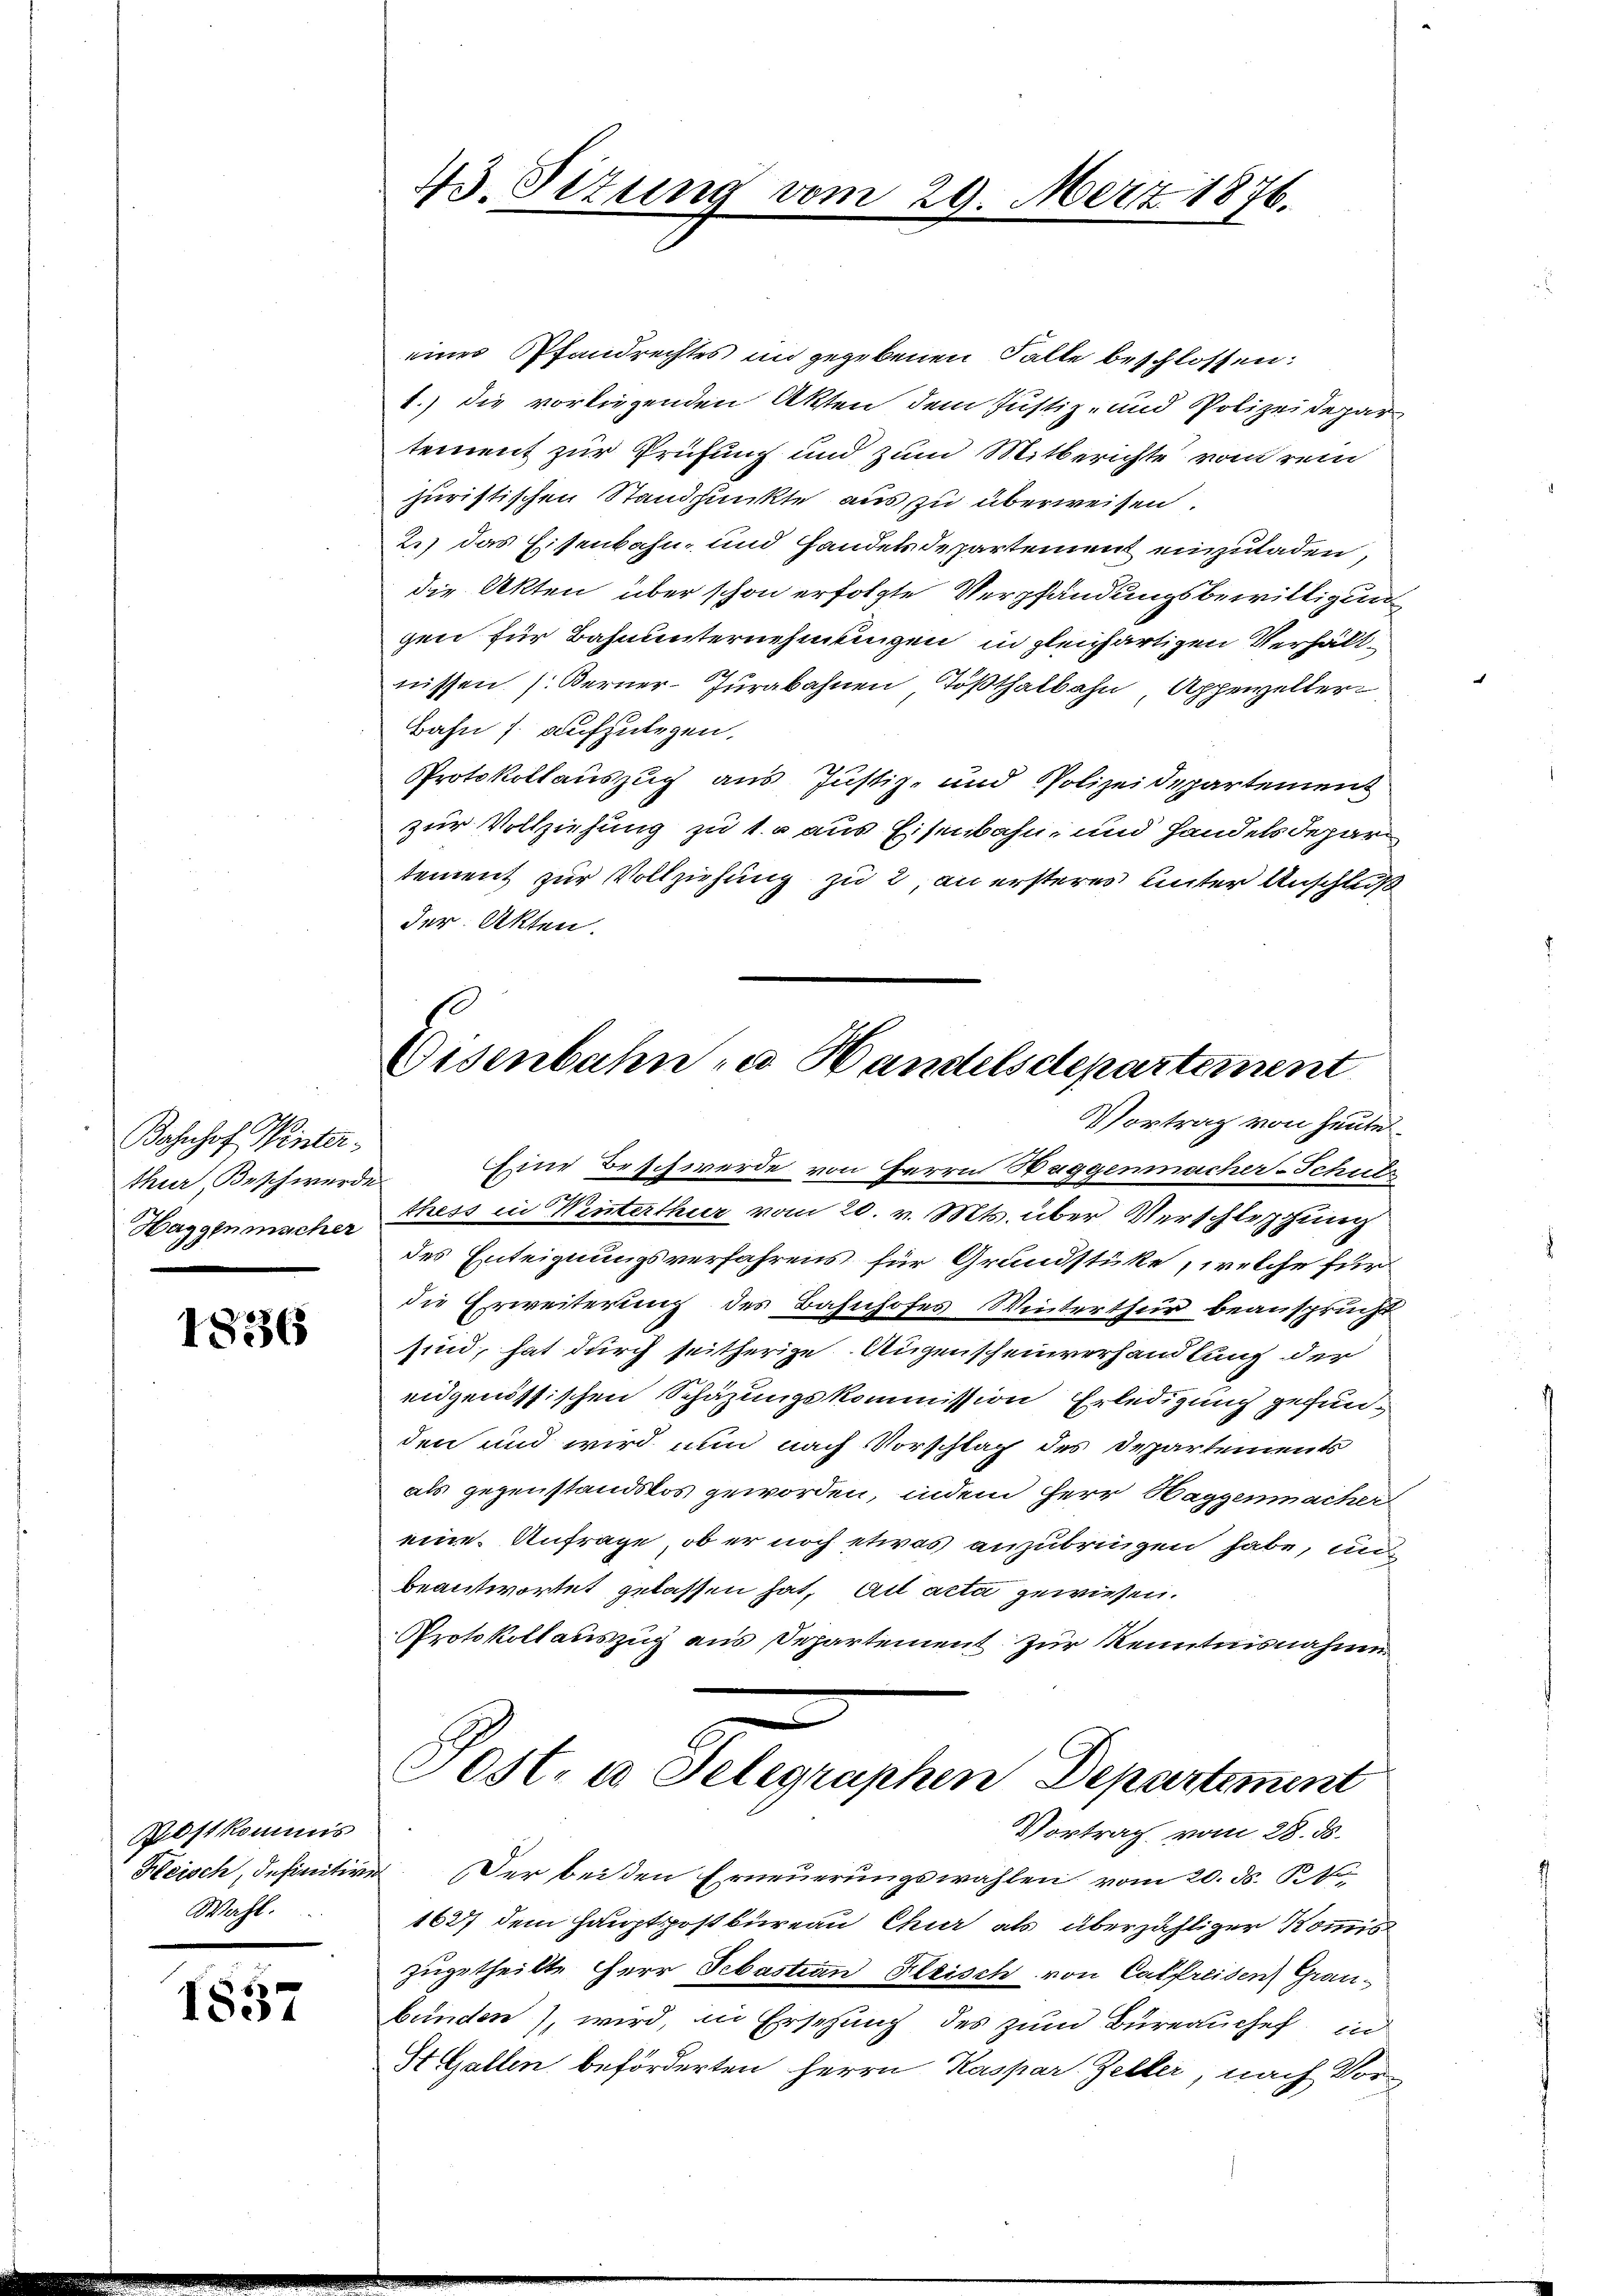
Bahnhof Winterthur, Beschwerde
Haggenmacher

1836

Postkommis
Heisch, Insinitiv
Wahl.

1857

43. Situng vom 29.

einer Pfandrechtes in gegebenen Falle beschlossen:
1.) die vorliegenden Akten dem Justiz- und Polizeidepar
tement zur Prüfung und zum Mitberichte vom rein
juristischen Standpunkte aus zu überweisen.
2.) Das Eisenbahn, und Handelsdepartement einzuladen,
die Akten über schon erfolgte Verpfändungsbewilligung
gen für Bahnunternehmungen in gleichartigen Verhältnissen (Berner-Jurabahnen Tößthalbahn, Appenzelter
Bahn s. aufzulegen.
Protokollauszug aus Justiz- und Polizeidepartement
zur Vollziehung zu 1. r aus Eisenbahn, und Handels departement zur Vollziehung zu 2, an ersteres unter Anschluß
der Akten.
Eine Beschwerde von Herrn Huggenmacher-Schulz
i
thess in Winterthur vom 20. v. Mts. über Verschleppung
des Enteignungsverfahrens für Grundstüke, welche für
die Erweiterung des Bahnhofes Winterthur beansprucht
sind, hat durch seitherige Augenscheinverhandlung der
eidgenössischen Schazungskommission Erledigung gefunden und wird nun nach Vorschlag des Departements
als gegenstandslos geworden, indem Herr Haggenmacher
eine Anfrage, ob er noch etwas anzubringen habe, un
beantwortet gelassen hat, ait acta gewiesen.
Protokollauszug aus Departement zur Kenntnisnahme
Ost. a Telegraphen Departement
Vortrag vom 28. ds.
 Der bei den Erneuerungswahlen vom 20. ds.
1627 dem Hauptpostbüreau Chur als überzähliger Kommis
zugetheilte Herr Sebastian Fleisch von Catfreiden Graubunden), wird, in Erschung des zum Bureauchef, und
St. Gallen beförderten Herrn Kaspar Zeller, nach Vor¬

Merz 1876.

Eisenbahn zu Handelsdepartement
Vortrag von heute.